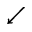
\swarrow